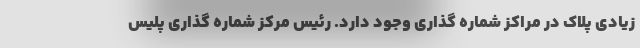
زیادی پلاک در مراکز شماره گذاری وجود دارد. رئیس مرکز شماره گذاری پلیس